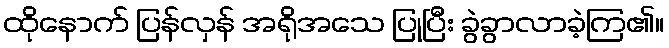
ထိုနောက် ပြန်လှန် အရိုအသေ ပြုပြီး ခွဲခွာလာခဲ့ကြ၏။